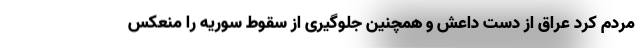
مردم کرد عراق از دست داعش و همچنین جلوگیری از سقوط سوریه را منعکس